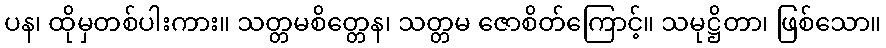
ပန၊ ထိုမှတစ်ပါးကား။ သတ္တမစိတ္တေန၊ သတ္တမ ဇောစိတ်ကြောင့်။ သမုဋ္ဌိတာ၊ ဖြစ်သော။